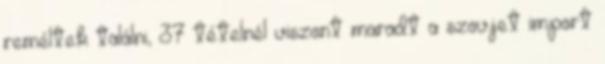
reméltek találni, 37 tételnél viszont maradt a szovjet import